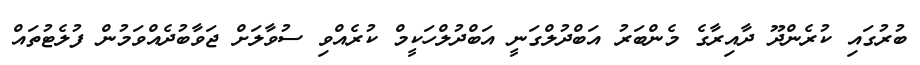
ބުރުގައި ކުރެންދޫ ދާއިރާގެ މެންބަރު އަބްދުލްގަނީ އަބްދުލްހަކީމް ކުރެއްވި ސުވާލަށް ޖަވާބުދެއްވަމުން ފުލެޓުތައް